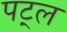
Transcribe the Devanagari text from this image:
पट्ल